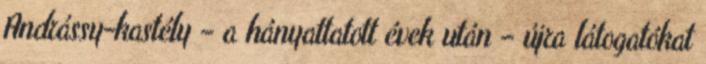
Andrássy-kastély – a hányattatott évek után – újra látogatókat